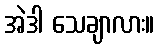
အဲဒါ သေချာလား။